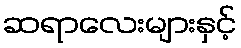
ဆရာလေးများနှင့်